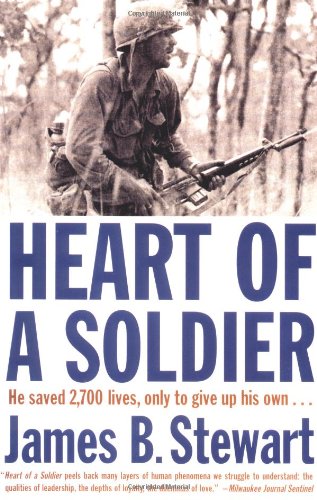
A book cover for Heart of a Soldier; James B. Stewart; Biographies & Memoirs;